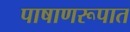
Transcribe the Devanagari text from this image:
पाषाणरूपात